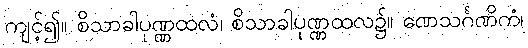
ကျင့်၍။ စိသာခါပုဏ္ဏထလံ၊ စိသာခါပုဏ္ဏထလ၌။ ဏေသင်္ဂဏိကံ၊